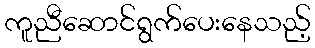
ကူညီဆောင်ရွက်ပေးနေသည့်